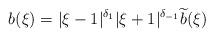
LaTeX: \begin{align*}b(\xi) = |\xi-1|^{\delta_1}|\xi+1|^{\delta_{-1}} \widetilde{b}(\xi)\end{align*}